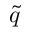
\tilde { q }